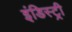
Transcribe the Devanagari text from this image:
इंडिस्ट्री